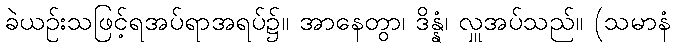
ခဲယဉ်းသဖြင့်ရအပ်ရာအရပ်၌။ အာနေတွာ၊ ဒိန္နံ၊ လှူအပ်သည်။ (သမာနံ